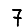
Digit: 7